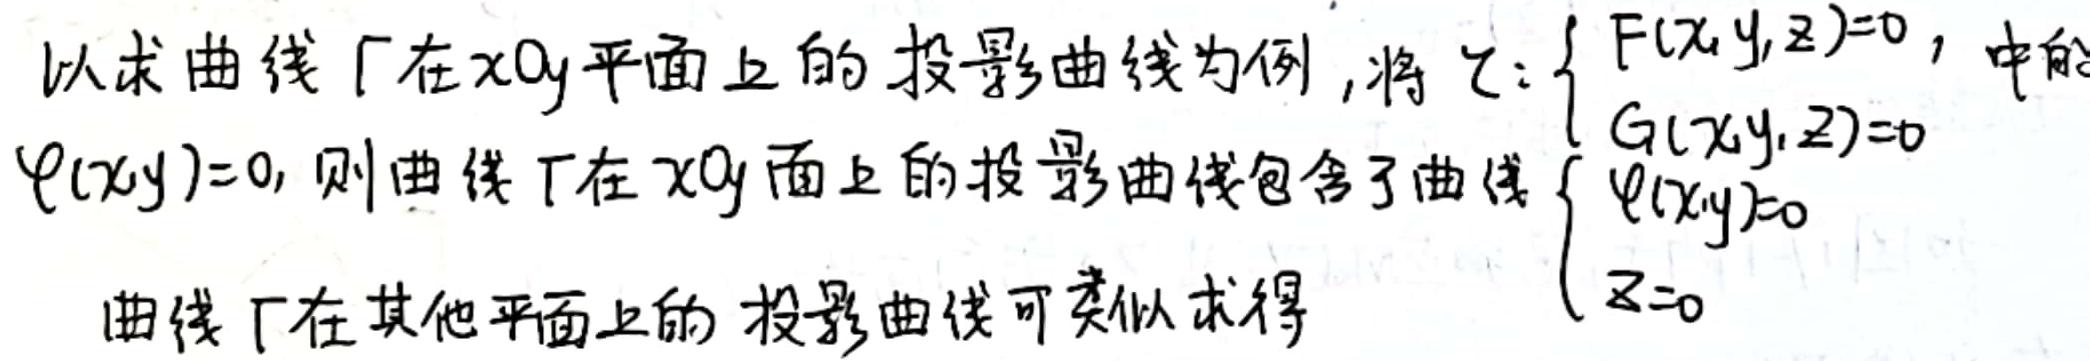
以求曲线 $\Gamma$ 在 $xOy$ 平面上的投影曲线为例，将 $\Sigma:\left\{\begin{array}{l}F(x,y,z)=0,\\G(x,y,z)=0\end{array}\right.$ 中的 $\varphi(x,y)=0$，则曲线 $\Gamma$ 在 $xOy$ 面上的投影曲线包含了曲线 $\left\{\begin{array}{l}\varphi(x,y)=0\\z = 0\end{array}\right.$。曲线 $\Gamma$ 在其他平面上的投影曲线可类似求得。